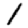
Digit: 1